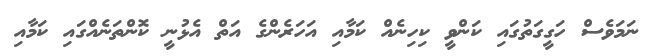
ނަމަވެސް ހަގީގަތުގައި ކަންވީ ކިހިނެއް ކަމާއި އަހަރެންގެ އަތް އެޅުނީ ކޮންތަނެއްގައި ކަމާއި